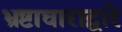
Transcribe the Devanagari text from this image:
भ्रष्टाचाराद्वारे